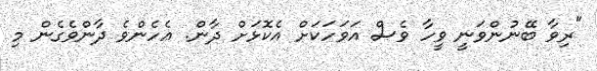
"ރިވާ ބޭނުންވަނީ ވީހާ ވެސް އަވަހަކަށް އެކޮޅަށް ދާން. އެހެންވެ ދާންވެގެން މި